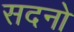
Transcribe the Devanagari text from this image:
सदनो